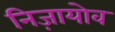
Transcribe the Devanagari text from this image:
निज़ायोव